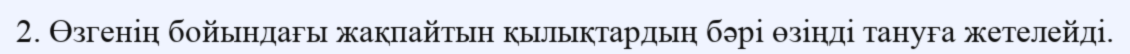
2. Өзгенің бойындағы жақпайтын қылықтардың бәрі өзіңді тануға жетелейді.